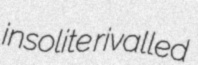
insolite rivalled